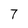
Character: 7